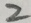
2